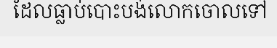
ដែលធ្លាប់បោះបង់លោកចោលទៅ